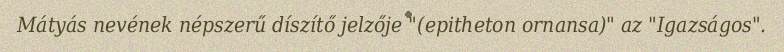
Mátyás nevének népszerű díszítő jelzője "(epitheton ornansa)" az "Igazságos".